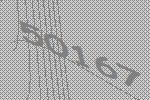
50167